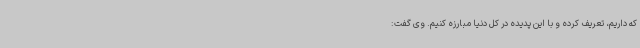
که داریم، تعریف کرده و با این پدیده در کل دنیا مبارزه کنیم. وی گفت: